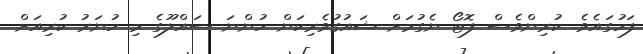
ފަހުގައެވެ. ކުރިންވެސް ފޮޓޯ ނެގުމަށް ޝައުގުވެރިކަން ހުންނަ ސައްލޫގެ މި ހުނަރު ކުރިއަށް